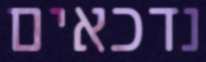
נדכאים